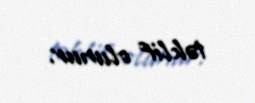
təklif olunur.